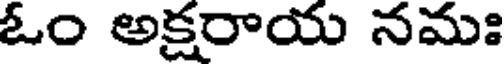
ఓం అక్షరాయ నమః